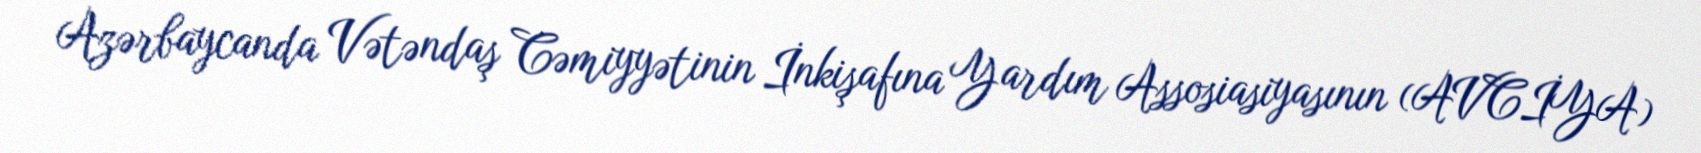
Azərbaycanda Vətəndaş Cəmiyyətinin İnkişafına Yardım Assosiasiyasının (AVCİYA)